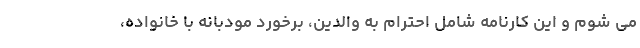
می شوم و این کارنامه شامل احترام به والدین، برخورد مودبانه با خانواده،